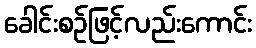
ခေါင်းစဉ်ဖြင့်လည်းကောင်း